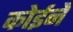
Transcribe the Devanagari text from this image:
कोईने